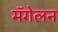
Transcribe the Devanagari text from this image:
मॅगेलन